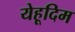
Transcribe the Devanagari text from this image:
येहूदिम